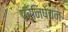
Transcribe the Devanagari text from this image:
परनिषेचन